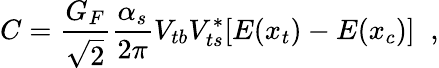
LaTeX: C=\frac{G_{F}}{\sqrt{2}}\frac{\alpha_{s}}{2\pi}V_{tb}V_{ts}^{*}[E(x_{t})-E(x_{c})]\; \; ,